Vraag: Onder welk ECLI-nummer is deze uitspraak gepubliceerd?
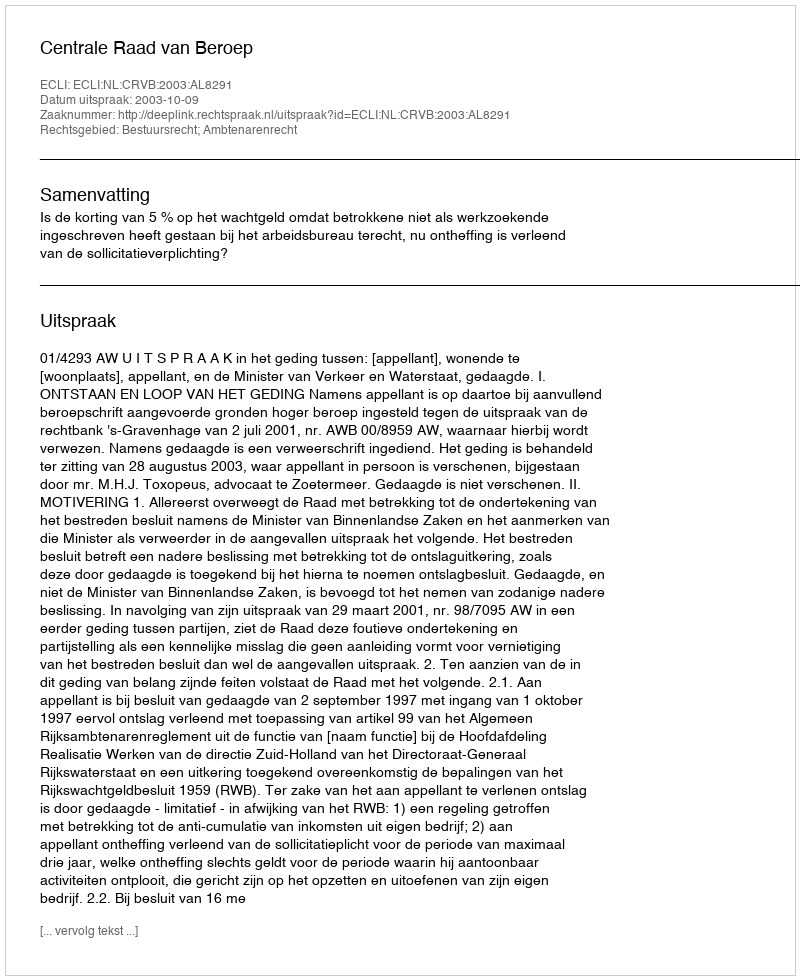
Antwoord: ECLI:NL:CRVB:2003:AL8291